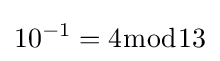
10^{-1}=4{\bmod {1}}3